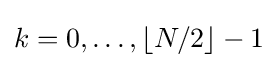
k=0,\ldots ,\lfloor N/2\rfloor -1